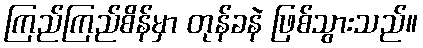
ကြည်ကြည်စိန်မှာ တုန်ခနဲ ဖြစ်သွားသည်။